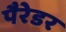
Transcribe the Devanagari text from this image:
पैरेडर